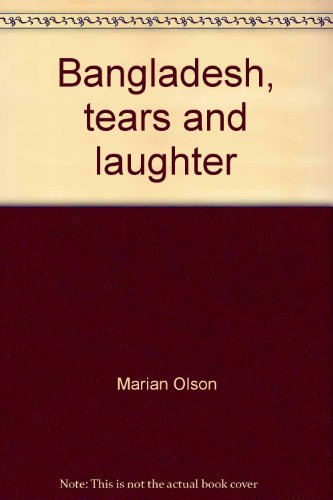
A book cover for Bangladesh, tears and laughter; Marian Olson; Travel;